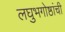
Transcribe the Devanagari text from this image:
लघुभगोष्ठांची